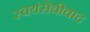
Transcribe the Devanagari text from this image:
स्वयंसेवीवाद